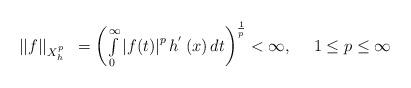
LaTeX: \begin{align*}\begin{array}{cc}\left\vert \left\vert f\right\vert \right\vert _{X_{h}^{p}} & =\left(\int\limits_{0}^{\infty }\left\vert f(t)\right\vert ^{p}h^{^{\prime }}\left(x\right) dt\right) ^{\frac{1}{p}}<\infty ,\ \ \ \ 1\leq p\leq \infty\end{array}\end{align*}